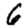
Digit: 6